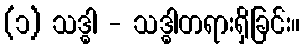
(၁) သဒ္ဓါ - သဒ္ဓါတရားရှိခြင်း။